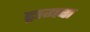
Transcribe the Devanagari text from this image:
ट्रामचा